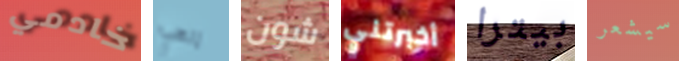
خادمي إلهي شون أخبرتني بيترا سيشعر